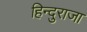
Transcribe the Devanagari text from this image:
हिन्दुराजा